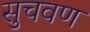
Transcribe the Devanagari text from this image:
सुचवण